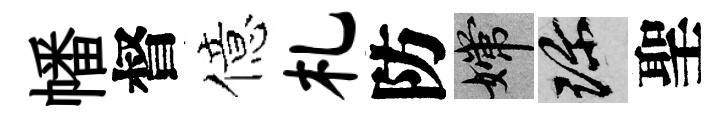
幡督億札防嫦珍聖